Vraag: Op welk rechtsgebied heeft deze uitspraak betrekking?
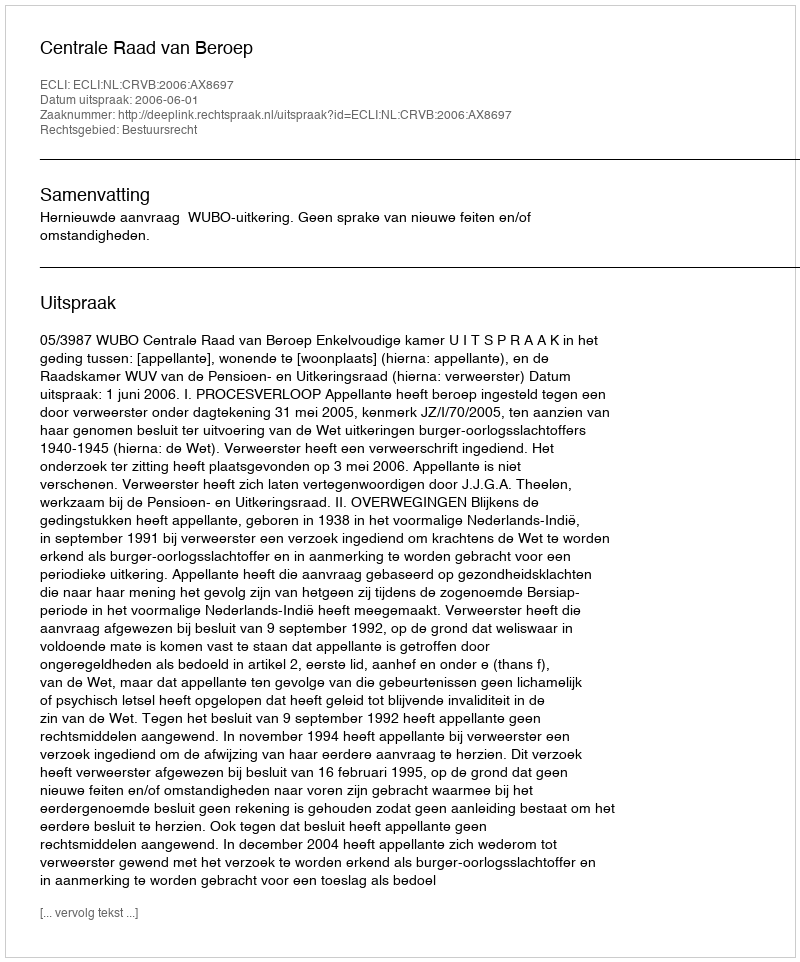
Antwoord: Bestuursrecht